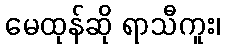
မေထုန်ဆို ရာသီကူး၊